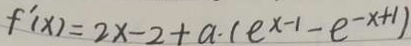
f ^ { \prime } ( x ) = 2 x - 2 + a \cdot ( e ^ { x - 1 } - e ^ { - x + 1 } )